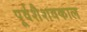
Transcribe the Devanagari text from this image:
पूर्वशैशवकाल